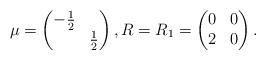
LaTeX: \begin{align*} \mu=\begin{pmatrix} -\frac12 & \\ & \frac12 \end{pmatrix}, R=R_1=\begin{pmatrix} 0 & 0 \\ 2 & 0 \end{pmatrix}. \end{align*}